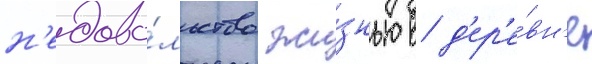
н'едово́льство жи́знью в д'ер'е́вн'е